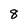
Character: 8